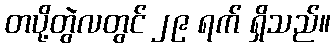
တပို့တွဲလတွင် ၂၉ ရက် ရှိသည်။